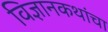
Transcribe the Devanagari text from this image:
विज्ञानकथांचा